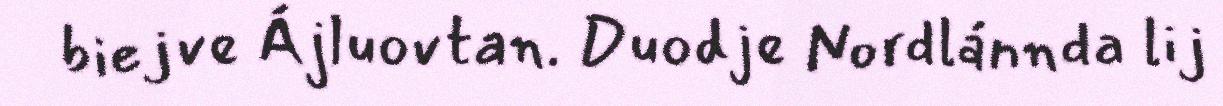
biejve Ájluovtan. Duodje Nordlánnda lij